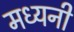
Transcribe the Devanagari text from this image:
मध्यनी